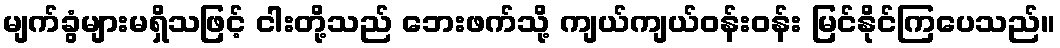
မျက်ခွံများမရှိသဖြင့် ငါးတို့သည် ဘေးဖက်သို့ ကျယ်ကျယ်ဝန်းဝန်း မြင်နိုင်ကြပေသည်။